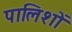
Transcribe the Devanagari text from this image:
पालिशों